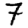
Digit: 7